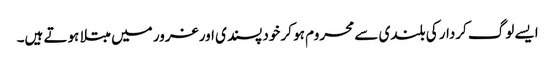
ایسے لوگ کردار کی بلندی سے محروم ہو کر خود پسندی اور غرور میں مبتلا ہوتے ہیں۔